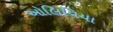
ઓલિવિયા